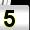
Digit: 5